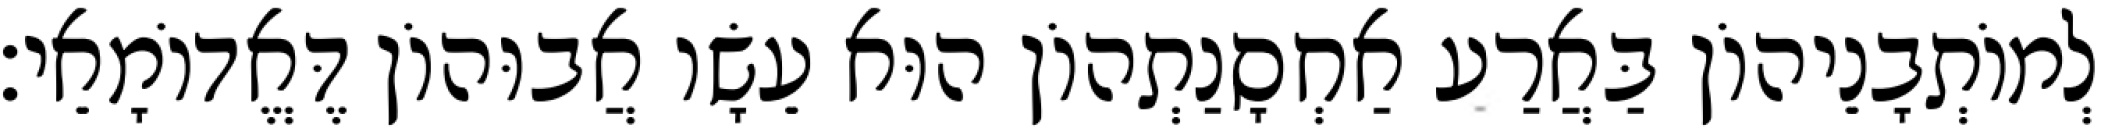
לְמוֹתְבָנֵיהוֹן בַּאֲרַע אַחְסָנַתְהוֹן הוּא עֵשָׂו אֲבוּהוֹן דֶּאֱדוֹמָאֵי׃